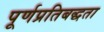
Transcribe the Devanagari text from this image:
पूर्णप्रतिबद्धता